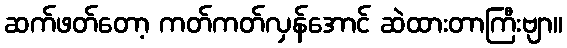
ဆက်ဖတ်တော့ ကတ်ကတ်လှန်အောင် ဆဲထားတာကြီးဗျာ။